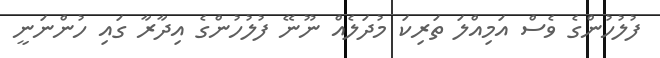
ފުލުހުންގެ ވެސް އަމިއްލަ ތަރިކަ މުދަލެއް ނޫނޭ ފުލުހުންގެ އިދާރާ ގައި ހުންނަނީ